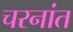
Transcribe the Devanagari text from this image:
चरनांत